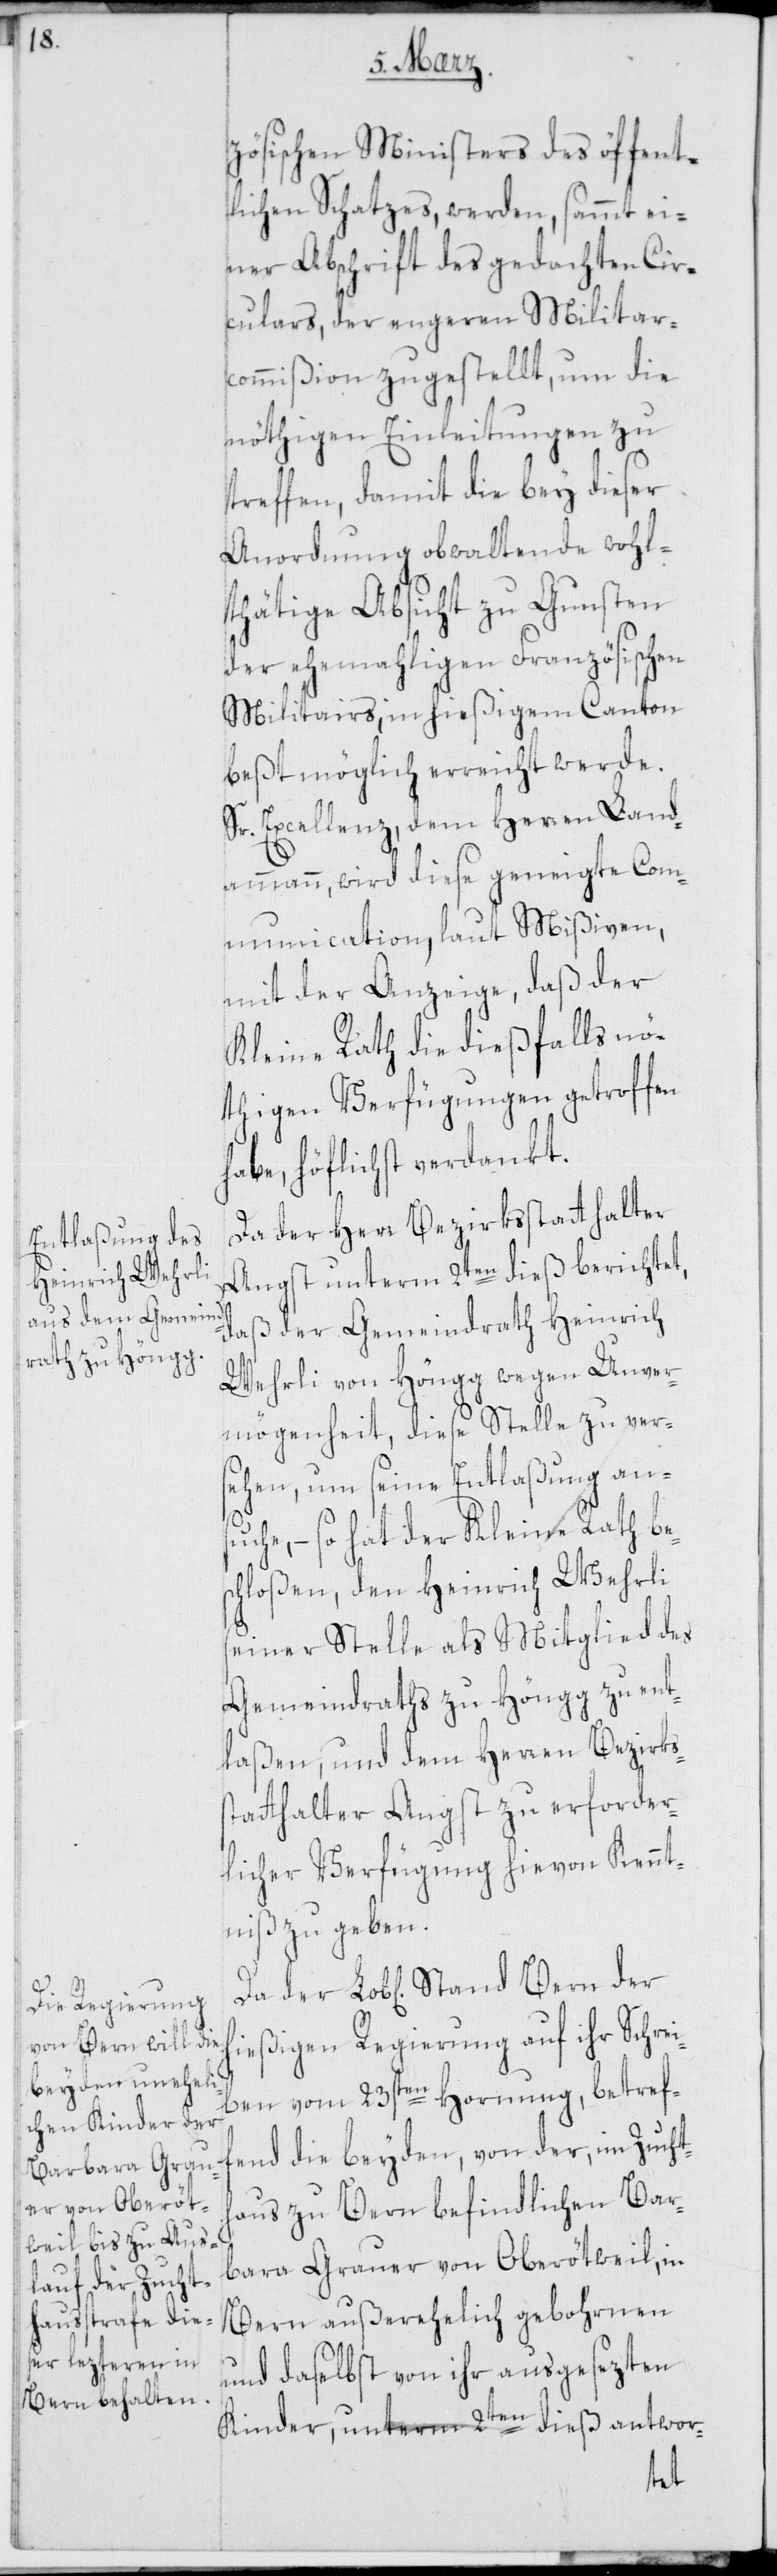
zösischen Ministers des öffent¬
lichen Schatzes, werden, sammt ei¬
ner Abschrift des gedachten Cir¬
culars, der engeren Militar¬
commißion zugestellt, um die
nöthigen Einleitungen zu
treffen, damit die bey dieser
Anordnung obwaltende wohl¬
thätige Absicht zu Gunsten
der ehemahligen Französischen
Militairs, in hießigem Canton
beßt möglich erreicht werde.
Sr. Excellenz dem Herren Land¬
ammann, wird diese geneigte Com¬
munication, laut Mißiven,
mit der Anzeige, daß der
Kleine Rath die dießfalls nö¬
thigen Verfügungen getroffen
habe, höflichst verdankt.
Da der Herr Bezirksstatthalter
Angst unterm 2ten dieß berichtet,
daß der Gemeindrath Heinrich
Wehrli von Höngg wegen Unver¬
mögenheit, diese Stelle zu vers¬
ehen, um seine Entlaßung ansu¬
che, – so hat der Kleine Rath bes¬
chloßen, den Heinrich Wehrli
seiner Stelle als Mitglied des
Gemeindraths zu Höngg zu ent¬
laßen, und dem Herren Bezirks¬
statthalter Angst zu erforder¬
licher Verfügung hievon Kennt¬
niß zu geben.
hießigen Regierung auf ihr Schrei¬
ben vom 23sten Hornung, betref¬
fend die beyden, von der, im Zucht¬
haus zu Bern befindlichen Bar¬
bara Grauer von Oberötweil, in
Bern außerehelich gebohrnen
und daselbst von ihr ausgesezten
Kinder, unterm 2ten dieß antwor-
der